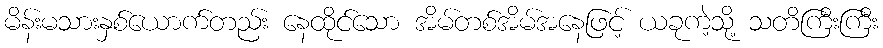
မိန်းမသားနှစ်ယောက်တည်း နေထိုင်သော အိမ်တစ်အိမ်အနေဖြင့် ယခုကဲ့သို့ သတိကြီးကြီး